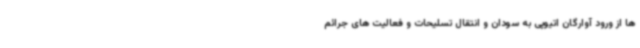
ها از ورود آوارگان اتیوپی به سودان و انتقال تسلیحات و فعالیت های جرائم